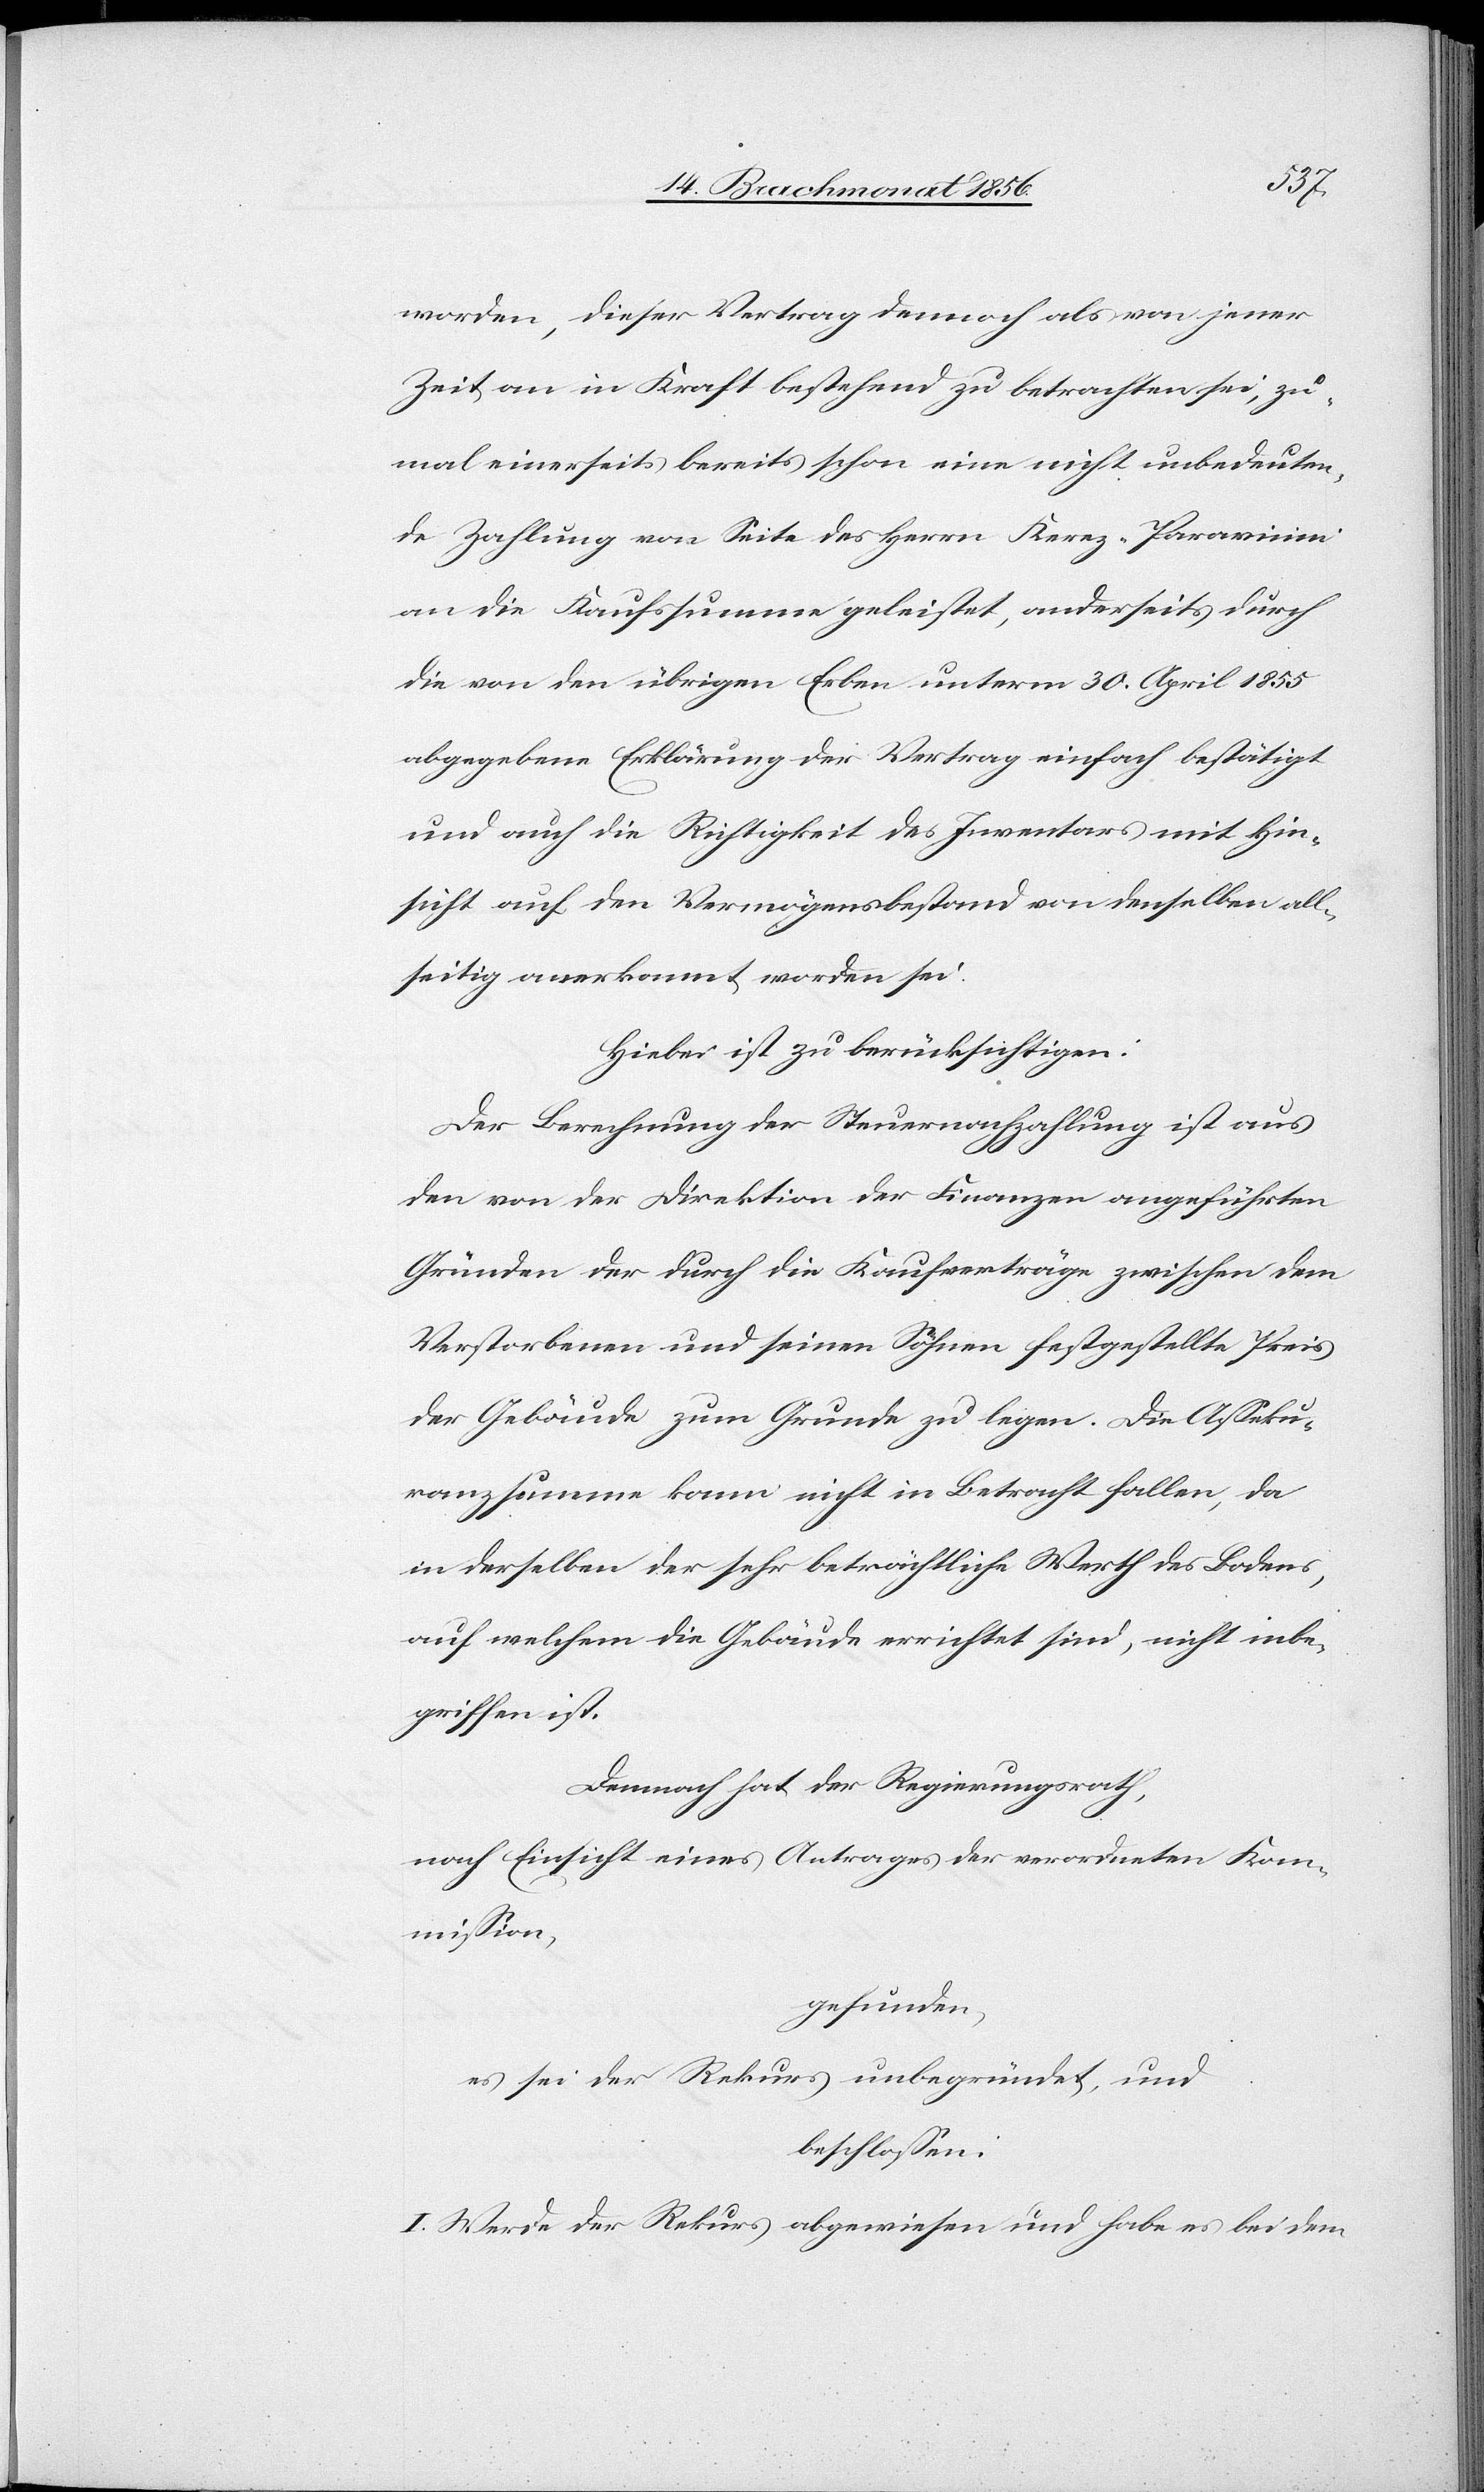
worden, dieser Vertrag demnach als von jener
Zeit an in Kraft bestehend zu betrachten sei, zu¬
mal einerseits bereits schon eine nicht unbedeuten¬
de Zahlung von Seite des Herrn Kerez-Paravicini
an die Kaufssumme geleistet, anderseits durch
die von den übrigen Erben unterm 30. April 1855
abgegebene Erklärung der Vertrag einfach bestätigt
und auch die Richtigkeit des Inventars mit Hin¬
sicht auf den Vermögensbestand von denselben all¬
seitig anerkannt worden sei.
Hiebei ist zu berücksichtigen:
Der Berechnung der Steuernachzahlung ist aus
den von der Direktion der Finanzen angeführten
Gründen der durch die Kaufsverträge zwischen dem
Verstorbenen und seinen Söhnen festgestellte Preis
der Gebäude zum Grunde zu legen. Die Asseku¬
ranzsumme kann nicht in Betracht fallen, da
in derselben der sehr beträchtliche Werth des Bodens,
auf welchem die Gebäude errichtet sind, nicht inbe¬
griffen ist.
Demnach hat der Regierungsrath,
nach Einsicht eines Antrages der verordneten Kom¬
mission,
gefunden,
es sei der Rekurs unbegründet, und
beschlossen:
I. Werde der Rekurs abgewiesen und habe es bei dem